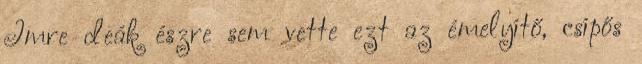
Imre deák észre sem vette ezt az émelyítő, csípős